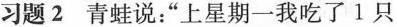
习题2青蛙说：”上星期一我吃了1只